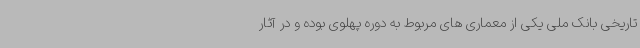
تاریخی بانک ملی یکی از معماری های مربوط به دوره پهلوی بوده و در آثار